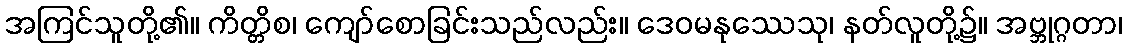
အကြင်သူတို့၏။ ကိတ္တိစ၊ ကျော်စောခြင်းသည်လည်း။ ဒေဝမနုဿေသု၊ နတ်လူတို့၌။ အဗ္ဘုဂ္ဂတာ၊